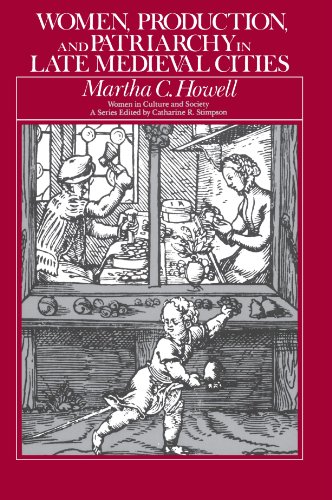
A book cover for Women, Production, and Patriarchy in Late Medieval Cities (Women in Culture and Society); Martha C. Howell; Business & Money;